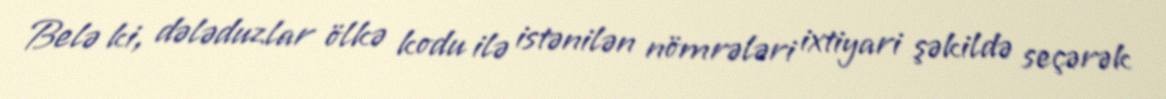
Belə ki, dələduzlar ölkə kodu ilə istənilən nömrələri ixtiyari şəkildə seçərək